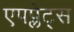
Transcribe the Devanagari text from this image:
एपप्लेट्स